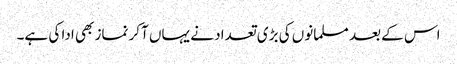
اس کے بعد مسلمانوں کی بڑی تعداد نے یہاں آکر نماز بھی ادا کی ہے۔